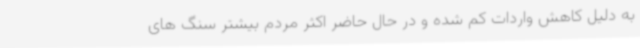
به دلیل کاهش واردات کم شده و در حال حاضر اکثر مردم بیشتر سنگ های